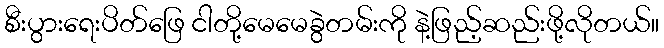
စီးပွားရေးပိတ်ဖြေ ငါတို့မေမေခွဲတမ်းကို နဲ့ဖြည့်ဆည်းဖို့လိုတယ်။